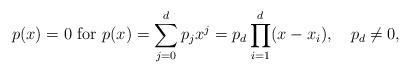
LaTeX: \begin{align*}p(x)=0~{\rm for}~ p(x)=\sum^{d}_{j=0}p_jx^j=p_d\prod^d_{i=1}(x-x_i),~~~ p_d\ne 0,\end{align*}